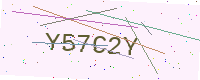
Text: Y57C2Y